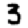
Digit: 3